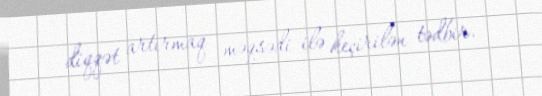
diqqət artırmaq məqsədi ilə keçirilən tədbir.